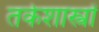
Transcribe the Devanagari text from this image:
तर्कशास्त्रों